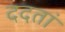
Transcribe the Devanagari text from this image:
ददतां